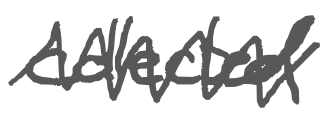
Text: collected
Cross-out: zig-zag
Writing tool: digital_gray